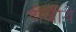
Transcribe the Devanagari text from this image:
दीजीये